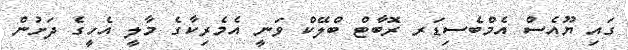
ގައި ޔޫއެސް އެމްބެސިޑަރ ރޮބާޓް ބްލޭކް ވަނީ އެމެރިކާގެ މާލީ އެހީގެ ދަށުން